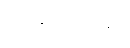
ကျရောက်၍